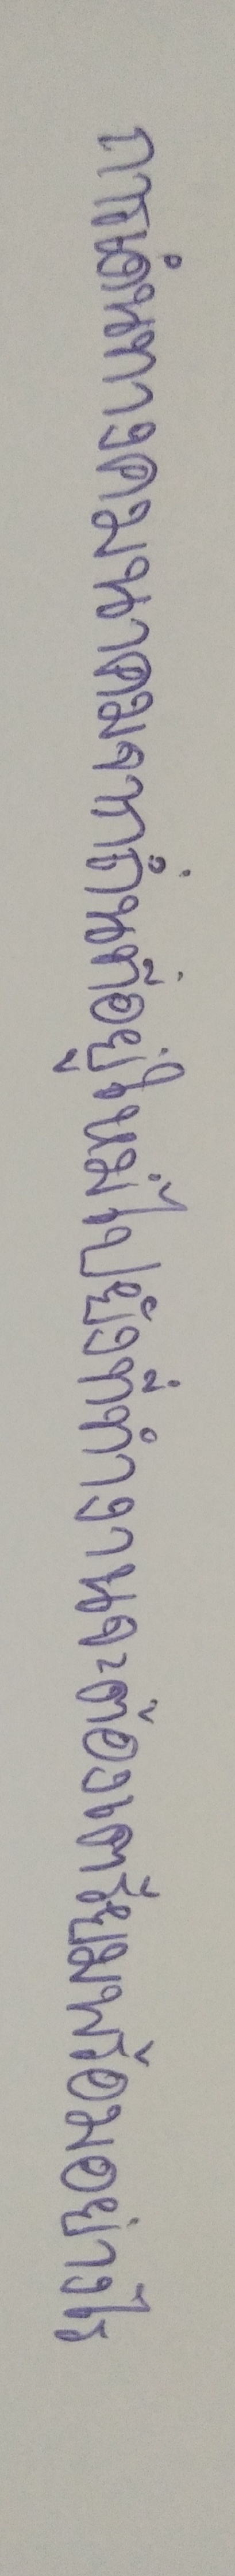
การเดินทางคมนาคมจากถิ่นที่อยู่ใหม่ไปยังที่ทำงานจะต้องเตรียมพร้อมอย่างไร